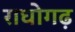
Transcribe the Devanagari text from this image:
राघोगढ़